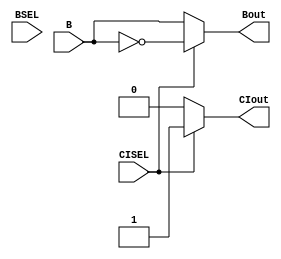
module muxADD(CISEL, CIout, BSEL, Bout, B);
  
  // inputs
  input  CISEL;
  input  BSEL;
  input  [7:0] B;
  
  // outputs
  output CIout;
  output [7:0] Bout;

  // MUX LOGIC:
  //   if   CISEL == 0 => CIout = 0
  //   else            => CIout = 1
  assign CIout = (CISEL == 1'b0) ? 1'b0 : 1'b1;
  
  // 	 if   BSEL  == 1 => Bout = ~B
  //   else				  => Bout = B
  assign Bout = (CISEL == 1'b1) ? ~B : B;
  
endmodule